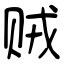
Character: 贼